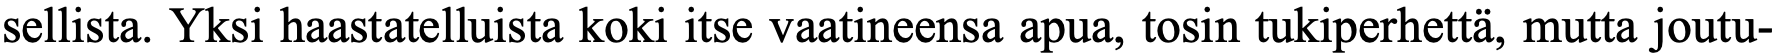
sellista. Yksi haastatelluista koki itse vaatineensa apua, tosin tukiperhettä, mutta joutu-